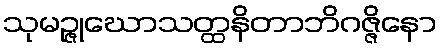
သုမဉ္ဇုဃောသတ္ထနိတာဘိဂဇ္ဇိနော